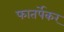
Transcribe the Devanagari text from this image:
फातर्पेकर